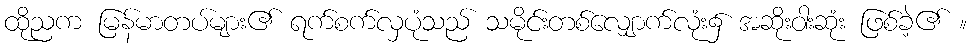
ထိုညက မြန်မာတပ်များ၏ ရက်စက်လှပုံသည် သမိုင်းတစ်လျှောက်လုံး၌ အဆိုးဝါးဆုံး ဖြစ်ခဲ့၏ ။